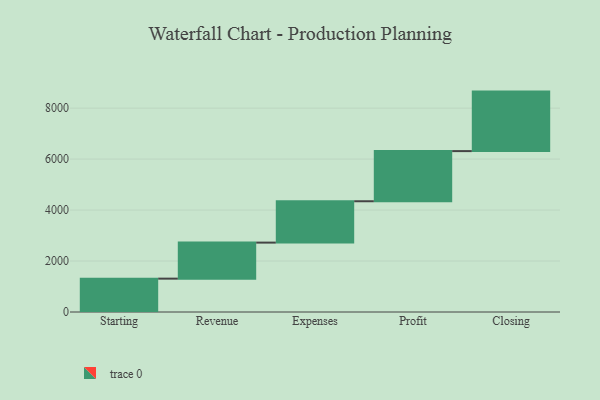
{"axis": {"x": "Step", "y": "Value"}, "legend": [""], "data": [{"x": "Starting", "y": 1309.0, "type": ""}, {"x": "Revenue", "y": 1414.0, "type": ""}, {"x": "Expenses", "y": 1623.0, "type": ""}, {"x": "Profit", "y": 1968.0, "type": ""}, {"x": "Closing", "y": 2335.0, "type": ""}]}